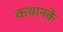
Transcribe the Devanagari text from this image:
कथानकें